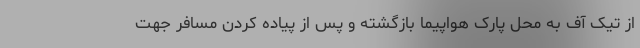
از تیک آف به محل پارک هواپیما بازگشته و پس از پیاده کردن مسافر جهت